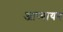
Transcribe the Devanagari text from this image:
आप्यायन